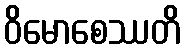
ဝိမောစေဿတိ